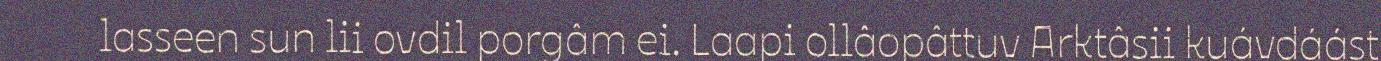
lasseen sun lii ovdil porgâm ei. Laapi ollâopâttuv Arktâsii kuávdáást